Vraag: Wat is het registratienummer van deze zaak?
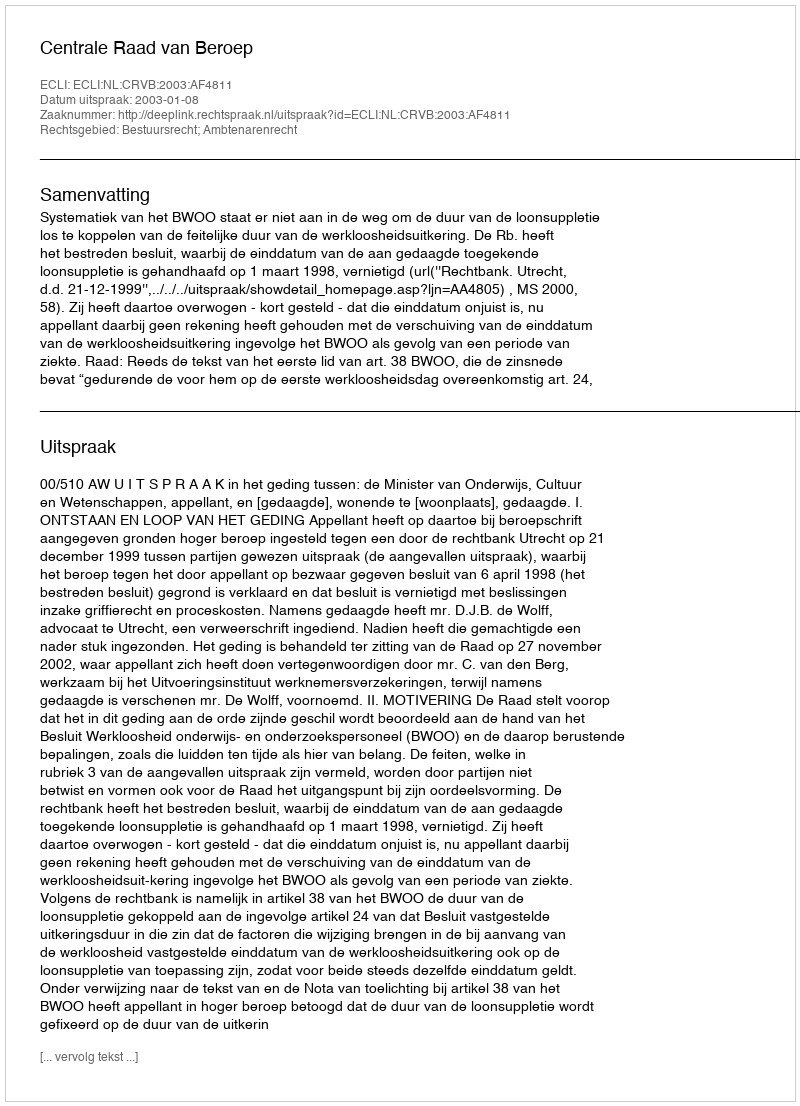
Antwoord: http://deeplink.rechtspraak.nl/uitspraak?id=ECLI:NL:CRVB:2003:AF4811